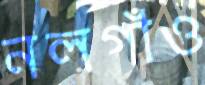
নলগাঁও